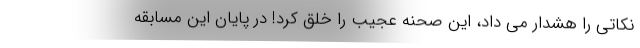
نکاتی را هشدار می داد، این صحنه عجیب را خلق کرد! در پایان این مسابقه